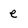
Character: e